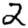
Digit: 2